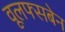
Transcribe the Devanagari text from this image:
वूलफ्सबेन